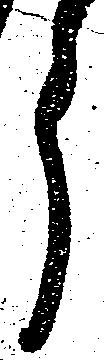
う